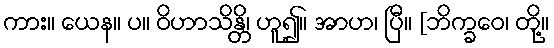
ကား။ ယေန။ ပ။ ဝိဟာသိန္တိ၊ ဟူ၍။ အာဟ၊ ပြီ။ [ဘိက္ခဝေ၊ တို့။